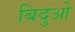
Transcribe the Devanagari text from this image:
बिदुओ